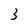
Character: 3